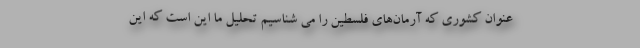
عنوان کشوری که آرمان‌های فلسطین را می شناسیم تحلیل ما این است که این